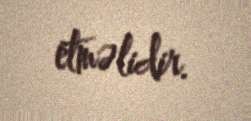
etməlidir.